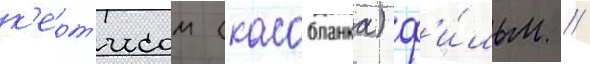
к'ерт'исом (касабланка) ф'и́льм /